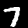
Label: 7